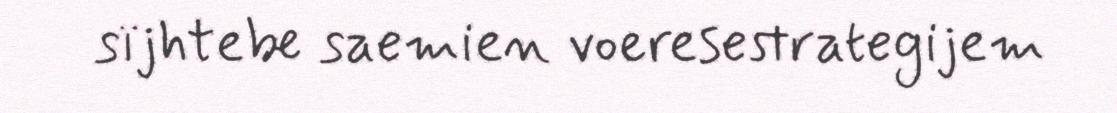
sïjhtebe saemien voeresestrategijem